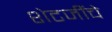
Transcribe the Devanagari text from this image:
शेटजींचे